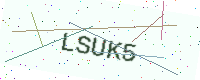
Text: LSUK5